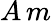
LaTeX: A\, m